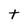
Character: t